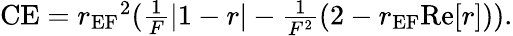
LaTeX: \begin{array}{r}{\textrm{CE}={r_{\textrm{EF}}}^{2}(\frac{1}{F}|1-r|-\frac{1}{F^{2}}(2-r_{\textrm{EF}}\textrm{Re}[r])).}\end{array}